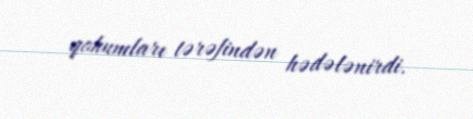
qohumları tərəfindən hədələnirdi.